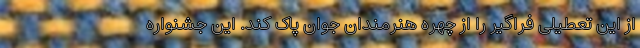
از این تعطیلی فراگیر را از چهره هنرمندان جوان پاک کند. این جشنواره